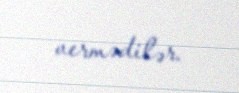
vermədilər.